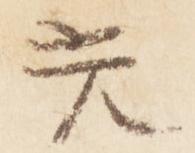
光